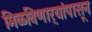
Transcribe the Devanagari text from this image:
मिळविणार्‍यांपासून